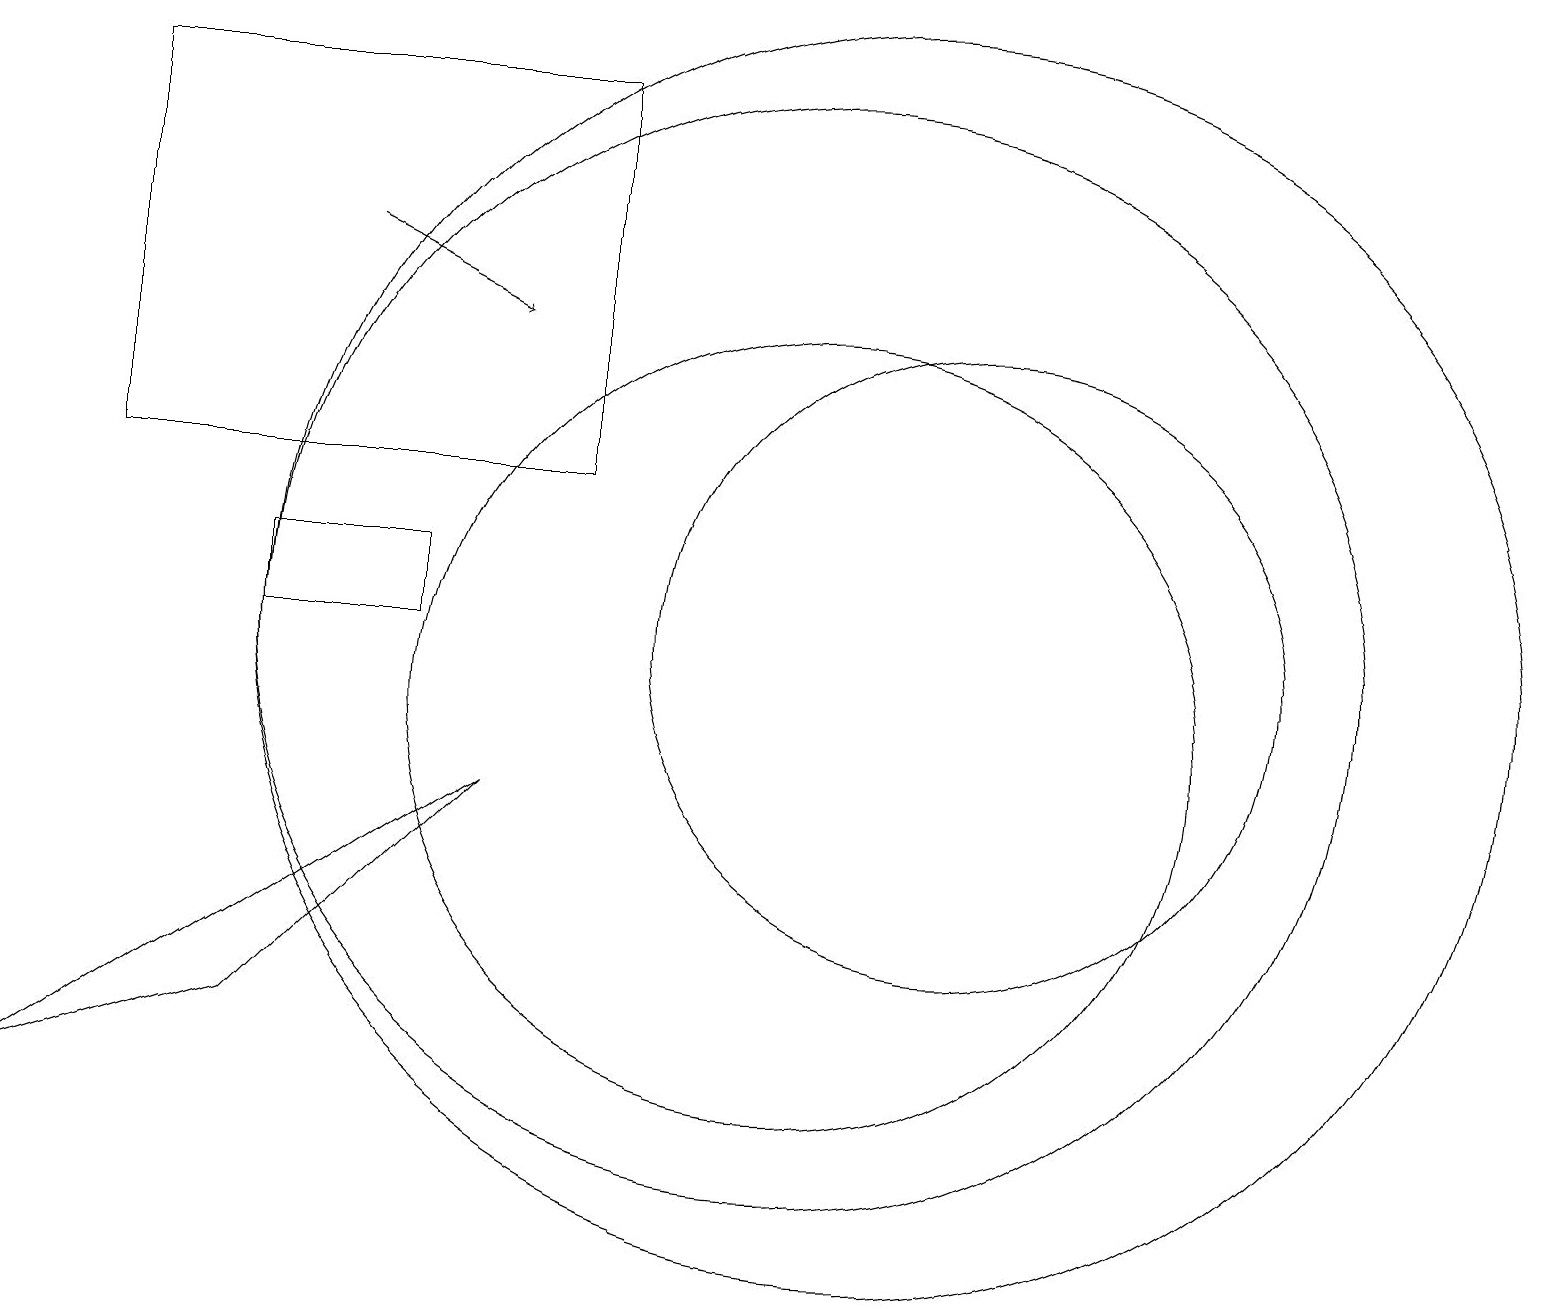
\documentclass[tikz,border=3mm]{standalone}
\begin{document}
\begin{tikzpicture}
\draw (1,18) rectangle (7,13);
\draw (0,5) -- (3,6) -- (6,9) -- cycle;
\draw (3,12) rectangle (5,11);
\draw (10,10) circle (5);
\draw (11,11) circle (8);
\draw (10,11) circle (7);
\draw (12,11) circle (4);
\draw[->] (4,16) -- (6,15);
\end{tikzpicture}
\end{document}